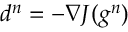
d ^ { n } = - \nabla J ( g ^ { n } )